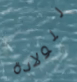
للولادة